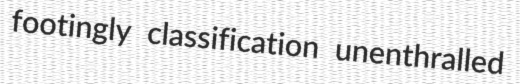
footingly classification unenthralled